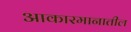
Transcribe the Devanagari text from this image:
आकारमानातील